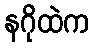
နဂိုထဲက